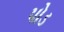
પોડ